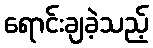
ရောင်းချခဲ့သည့်